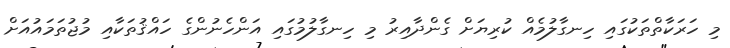
މި ހަރަކާތްތަކުގައި ހިނގާލުމެއް ކުރިޔަށް ގެންދާއިރު މި ހިނގާލުމުގައި އަންހެނުންގެ ހައްޤުތަކާއި މުޖުތަމައުއަށް